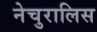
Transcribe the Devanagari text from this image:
नेचुरालिस